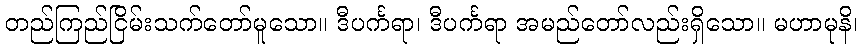
တည်ကြည်ငြိမ်းသက်တော်မူသော။ ဒီပင်္ကရာ၊ ဒီပင်္ကရာ အမည်တော်လည်းရှိသော။ မဟာမုနိ၊